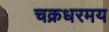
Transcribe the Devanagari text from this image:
चक्रधरमय